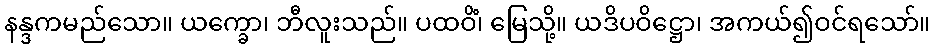
နန္ဒကမည်သော။ ယက္ခော၊ ဘီလူးသည်။ ပထဝိံ၊ မြေသို့။ ယဒိပဝိဋ္ဌော၊ အကယ်၍ဝင်ရသော်။